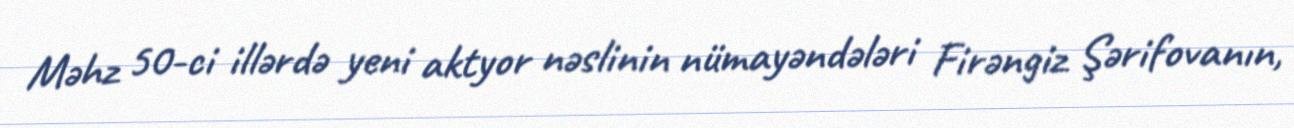
Məhz 50-ci illərdə yeni aktyor nəslinin nümayəndələri Firəngiz Şərifovanın,